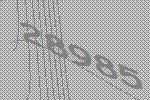
28985